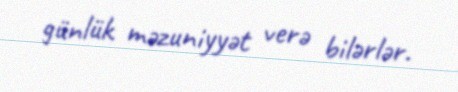
günlük məzuniyyət verə bilərlər.